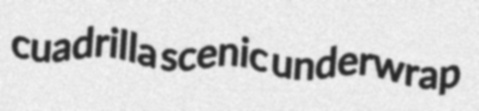
cuadrilla scenic underwrap